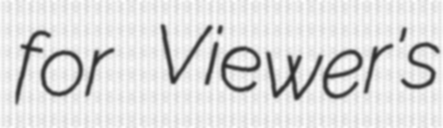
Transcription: for Viewer's